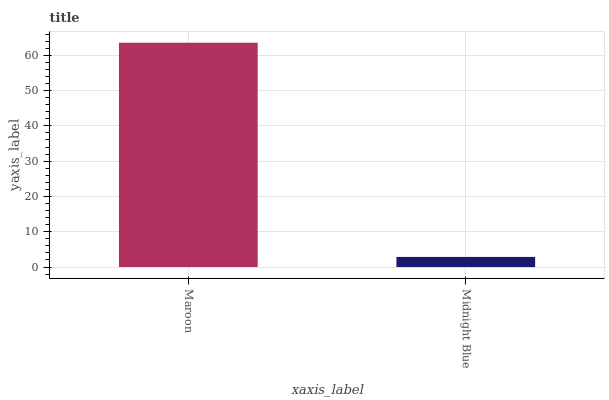
| xaxis_label | bars |
 | --- | --- |
 | Maroon | 63.6 |
 | Midnight Blue | 2.87 |